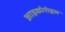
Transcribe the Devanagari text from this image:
आइकोशेड्रल